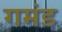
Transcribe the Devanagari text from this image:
गमंड